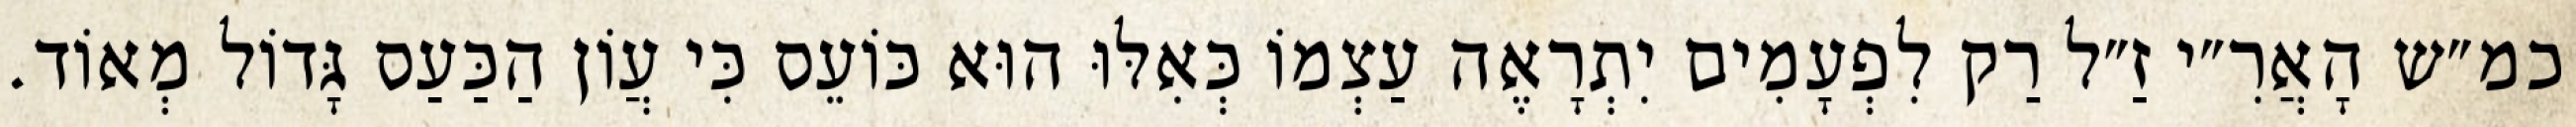
כמ״ש הָאֲרִ״י זַ״ל רַק לִפְעָמִים יִתְרָאֶה עַצְמוֹ כְּאִלּוּ הוּא כּוֹעֵס כִּי עֲוֹן הַכַּעַס גָּדוֹל מְאוֹד.